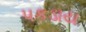
પકડાય